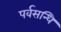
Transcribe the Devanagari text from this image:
पर्वसन्धि